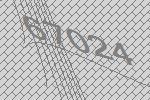
67024